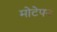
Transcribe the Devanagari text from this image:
मोटेपन